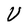
Character: U